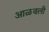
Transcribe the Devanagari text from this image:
आळवली